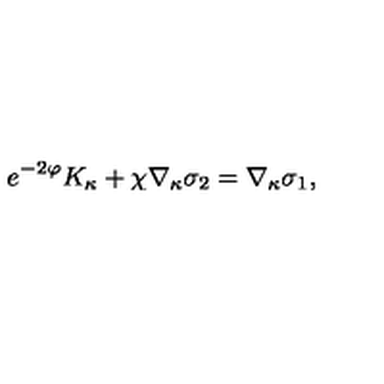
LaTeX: e ^ { - 2 \varphi } K _ { \kappa } + \chi \nabla _ { \kappa } \sigma _ { 2 } = \nabla _ { \kappa } \sigma _ { 1 } ,